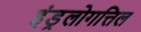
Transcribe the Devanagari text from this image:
इंड्रलोगत्तिल